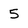
Character: 5